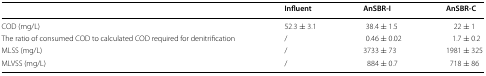
<table><thead><tr><td></td><td><b>Influent</b></td><td><b>AnSBR-I</b></td><td><b>AnSBR-C</b></td></tr></thead><tbody><tr><td>COD (mg/L)</td><td>52.3 ± 3.1</td><td>38.4 ± 1.5</td><td>22 ± 1</td></tr><tr><td>The ratio of consumed COD to calculated COD required for denitrification</td><td>/</td><td>0.46 ± 0.02</td><td>1.7 ± 0.2</td></tr><tr><td>MLSS (mg/L)</td><td>/</td><td>3733 ± 73</td><td>1981 ± 325</td></tr><tr><td>MLVSS (mg/L)</td><td>/</td><td>884 ± 0.7</td><td>718 ± 86</td></tr></tbody></table>